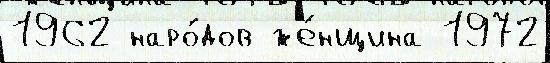
1962 наро́дов же́нщина 1972